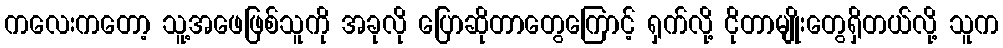
ကလေးကတော့ သူ့အဖေဖြစ်သူကို အခုလို ပြောဆိုတာတွေကြောင့် ရှက်လို့ ငိုတာမျိုးတွေရှိတယ်လို့ သူက